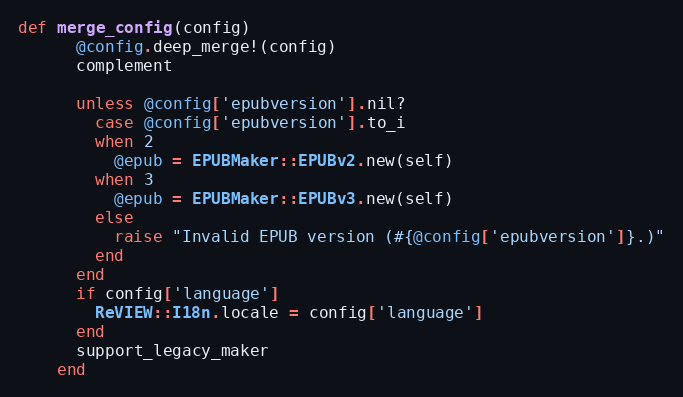
Language: Ruby
def merge_config(config)
      @config.deep_merge!(config)
      complement

      unless @config['epubversion'].nil?
        case @config['epubversion'].to_i
        when 2
          @epub = EPUBMaker::EPUBv2.new(self)
        when 3
          @epub = EPUBMaker::EPUBv3.new(self)
        else
          raise "Invalid EPUB version (#{@config['epubversion']}.)"
        end
      end
      if config['language']
        ReVIEW::I18n.locale = config['language']
      end
      support_legacy_maker
    end